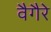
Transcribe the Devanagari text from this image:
वैगैरे